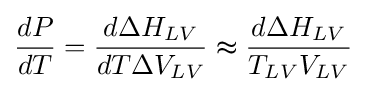
{dP \over dT}={d\Delta H_{LV} \over dT\Delta V_{LV}}\thickapprox {d\Delta H_{LV} \over T_{LV}V_{LV}}